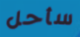
سأحل